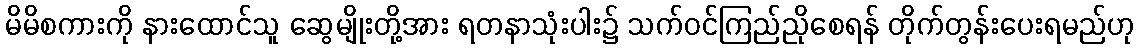
မိမိစကားကို နားထောင်သူ ဆွေမျိုးတို့အား ရတနာသုံးပါး၌ သက်ဝင်ကြည်ညိုစေရန် တိုက်တွန်းပေးရမည်ဟု